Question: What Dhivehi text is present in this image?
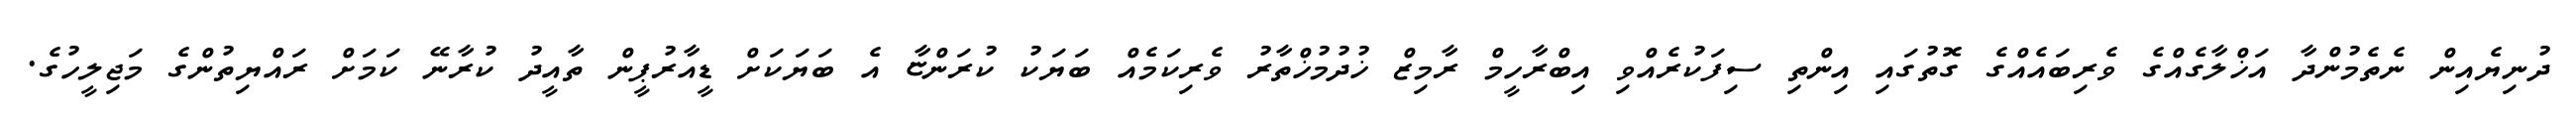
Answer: ދުނިޔެއިން ނެތެމުންދާ އަޚްލާގެއްގެ ވެރިބައެއްގެ ގޮތުގައި އިންތި ސިފަކުރެއްވި އިބްރާހީމް ރާމިޒް ޚުދުމުޚްތާރު ވެރިކަމެއް ބަޔަކު ކުރަންޏާ އެ ބަޔަކަށް ޑީއާރުޕީން ތާއީދު ކުރާނޭ ކަމަށް ރައްޔިތުންގެ މަޖިލީހުގެ.